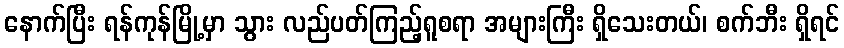
နောက်ပြီး ရန်ကုန်မြို့မှာ သွား လည်ပတ်ကြည့်ရူစရာ အများကြီး ရှိသေးတယ်၊ စက်ဘီး ရှိရင်